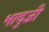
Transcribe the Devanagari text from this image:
भादुजी